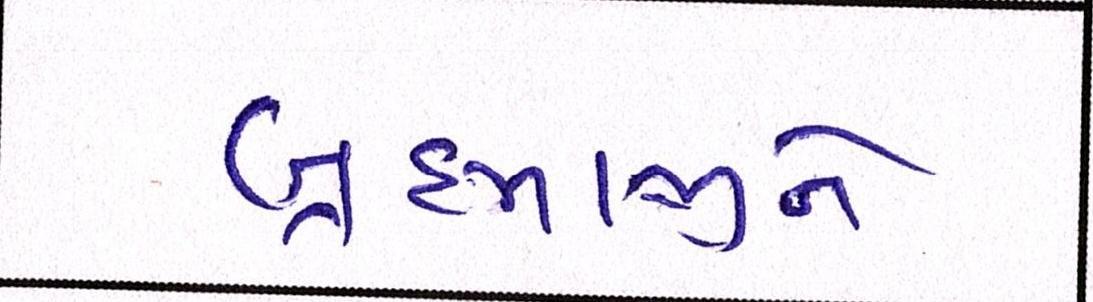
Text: બ્રહ્માજીને